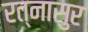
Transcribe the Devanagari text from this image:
रत्नासुर